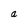
Character: a